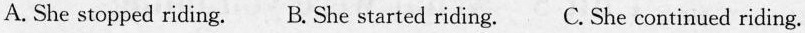
A. She stopped riding. B. She started riding. C. She continued riding.